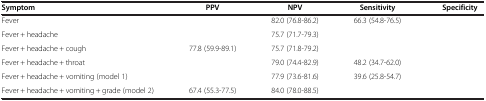
<table><thead><tr><td><b>Symptom</b></td><td><b>PPV</b></td><td><b>NPV</b></td><td><b>Sensitivity</b></td><td><b>Specificity</b></td></tr></thead><tbody><tr><td>Fever</td><td>[EMPTY_CELL]</td><td>82.0 (76.8-86.2)</td><td>66.3 (54.8-76.5)</td><td>[EMPTY_CELL]</td></tr><tr><td>Fever + headache</td><td>[EMPTY_CELL]</td><td>75.7 (71.7-79.3)</td><td>[EMPTY_CELL]</td><td>[EMPTY_CELL]</td></tr><tr><td>Fever + headache + cough</td><td>77.8 (59.9-89.1)</td><td>75.7 (71.8-79.2)</td><td>[EMPTY_CELL]</td><td>[EMPTY_CELL]</td></tr><tr><td>Fever + headache + throat</td><td>[EMPTY_CELL]</td><td>79.0 (74.4-82.9)</td><td>48.2 (34.7-62.0)</td><td>[EMPTY_CELL]</td></tr><tr><td>Fever + headache + vomiting (model 1)</td><td>[EMPTY_CELL]</td><td>77.9 (73.6-81.6)</td><td>39.6 (25.8-54.7)</td><td>[EMPTY_CELL]</td></tr><tr><td>Fever + headache + vomiting + grade (model 2)</td><td>67.4 (55.3-77.5)</td><td>84.0 (78.0-88.5)</td><td>[EMPTY_CELL]</td><td>[EMPTY_CELL]</td></tr></tbody></table>